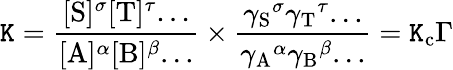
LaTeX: \mathtt{K}={\frac{{[\mathrm{{S}}]^{\sigma}[\mathrm{{T}}]^{\tau}...}}{{[\mathrm{{A}}]^{\alpha}[\mathrm{{B}}]^{\beta}...}}}\times{\frac{{{\gamma_{\mathrm{{S}}}}^{\sigma}{\gamma_{\mathrm{{T}}}}^{\tau}...}}{{{\gamma_{\mathrm{{A}}}}^{\alpha}{\gamma_{\mathrm{{B}}}}^{\beta}...}}}=\mathtt{K}_{\mathrm{{c}}}\Gamma